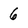
Character: 6